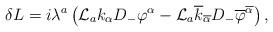
LaTeX: \begin{align*}\delta L = i\lambda^a \left( {\cal L}_a k_\alpha D_- \varphi^\alpha-{\cal L}_a \overline{k}_{\overline{\alpha}}D_-\overline{\varphi}^{\overline{\alpha}} \right) ,\end{align*}